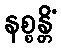
နစ္စန္တိံ